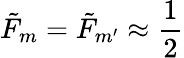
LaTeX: {\tilde{F}}_{m}={\tilde{F}}_{m{'}}\approx\frac{1}{2}